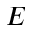
E